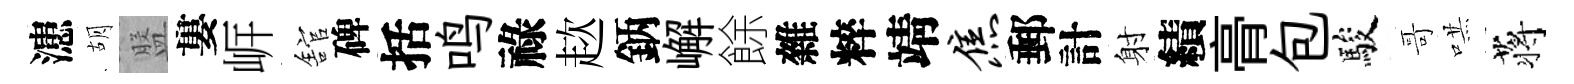
漶胡盤婁㟁舘碑括鸣祿趑鈵嶰餘雜粹靖焦郵計射績𮌔包駿哥哄蒋